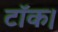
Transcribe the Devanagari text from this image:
टॉक।